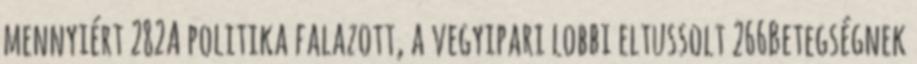
mennyiért 282A politika falazott, a vegyipari lobbi eltussolt 266Betegségnek